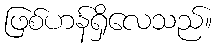
ဖြစ်ဟန်ရှိလေသည်။